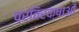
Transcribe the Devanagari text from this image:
प्रतिरक्षाओं